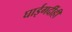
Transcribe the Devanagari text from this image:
घाईगर्दीही